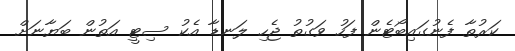
ކަރުތާ ފެނުގައިބޯޓެން ފަހު ވަގުތު ޖެހި ލަނޑާ އެކު ސިޓީ އަތުން ބަޔާނަށް